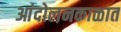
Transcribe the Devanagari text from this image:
आंदोलनकाळात